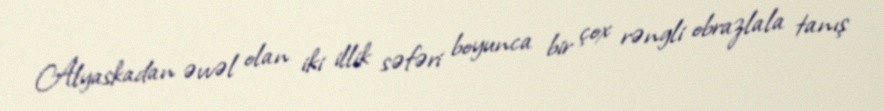
Alyaskadan əvvəl olan iki illik səfəri boyunca bir çox rəngli obrazlala tanış